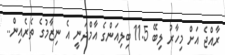
ރާއްޖެ އަށް މިހާރު ލިބޭ 11.5 ބިލިއަންގެ އާމްދަނީ އެ ނިޒާމުގެ ތެރެއިން..